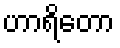
ဟာရိတော